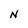
Character: N